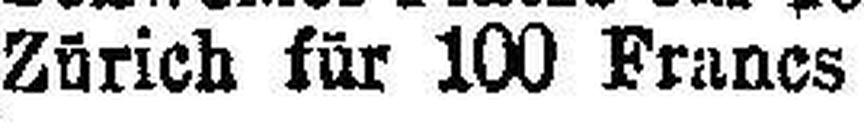
Zürich für 100 Francs